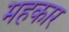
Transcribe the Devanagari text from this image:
महकार